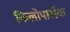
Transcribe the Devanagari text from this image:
किलोपार्सेक